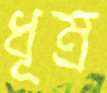
ধূম্র